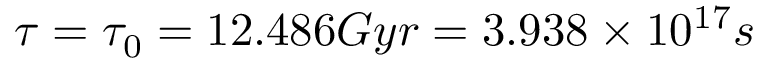
\tau = \tau _ { 0 } = 1 2 . 4 8 6 G y r = 3 . 9 3 8 \times 1 0 ^ { 1 7 } s